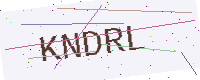
Text: KNDRL